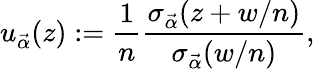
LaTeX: u_{\vec{\alpha}}(z):=\frac{1}{n}\frac{\sigma_{\vec{\alpha}}(z+w/n)}{\sigma_{\vec{\alpha}}(w/n)},